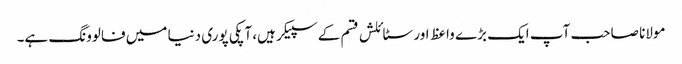
مولانا صاحب آپ ایک بڑے واعظ اور سٹائلش قسم کے سپیکر ہیں، آپکی پوری دنیا میں فالوونگ ہے۔